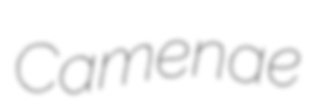
Camenae